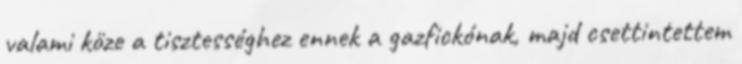
valami köze a tisztességhez ennek a gazfickónak, majd csettintettem